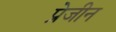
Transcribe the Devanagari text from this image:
प्रेजीन